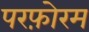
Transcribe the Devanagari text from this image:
परफ़ोरम